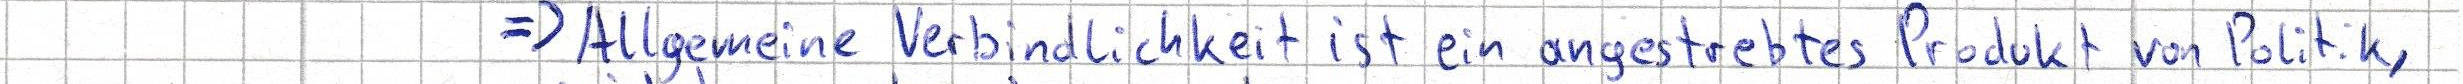
=> Allgemeine Verbindlichkeit ist ein angestrebtes Produkt von Politik,